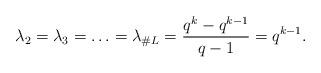
LaTeX: \begin{align*}\lambda_2 = \lambda_3 = \ldots = \lambda_{\#L} = \frac{q^{k}-q^{k-1}}{q-1} = q^{k-1}.\end{align*}